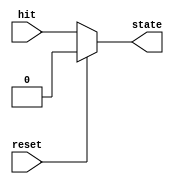
module pixelcell(	hit,
					reset,
					state);
 input 	hit;
 input 	reset;
 output state;
 wire 	hit;
 wire 	reset;
 reg 	state;
 always@(hit or reset)
	begin
		if(reset) state<=1'b0;
		else state<=hit;
	end
 endmodule